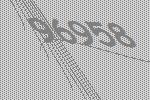
96958